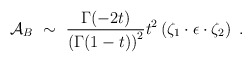
\begin{align*}{\cal A}_B~\sim~{\Gamma(-2t) \over \left(\Gamma (1-t)\right)^2} t^2 \left ( \zeta_1\cdot \epsilon \cdot \zeta_2 \right)~.\end{align*}